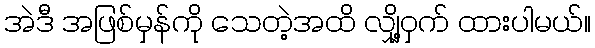
အဲဒီ အဖြစ်မှန်ကို သေတဲ့အထိ လျှို့ဝှက် ထားပါမယ်။